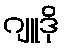
ဂျူဒို